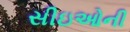
સીઇઓની